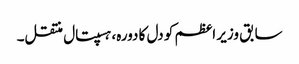
سابق وزیر اعظم کو دل کا دورہ، ہسپتال منتقل۔